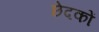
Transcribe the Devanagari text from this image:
छेदकों